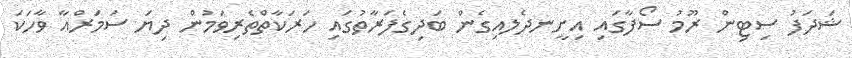
ޝަދަފު ސިޓިން ރޫމު ސޯފާގައި އިށީނދެލއިގެން ބަދިގެފަރާތުގައި ހަރަކާތްތެރިވަމުން ދިޔަ ސަމަރްއާ ވާހަކަ